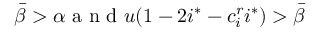
\bar { \beta } > \alpha \mathrm { ~ a ~ n ~ d ~ } u ( 1 - 2 i ^ { * } - c _ { i } ^ { r } i ^ { * } ) > \bar { \beta }